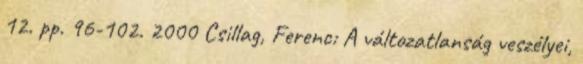
12. pp. 96-102. 2000 Csillag, Ferenc: A változatlanság veszélyei,